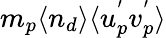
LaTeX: m_{p}\langle n_{d}\rangle\langle u_{p}^{'}v_{p}^{'}\rangle